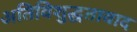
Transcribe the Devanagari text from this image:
अतिविशुद्धतावाद